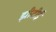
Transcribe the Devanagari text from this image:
झीटीई